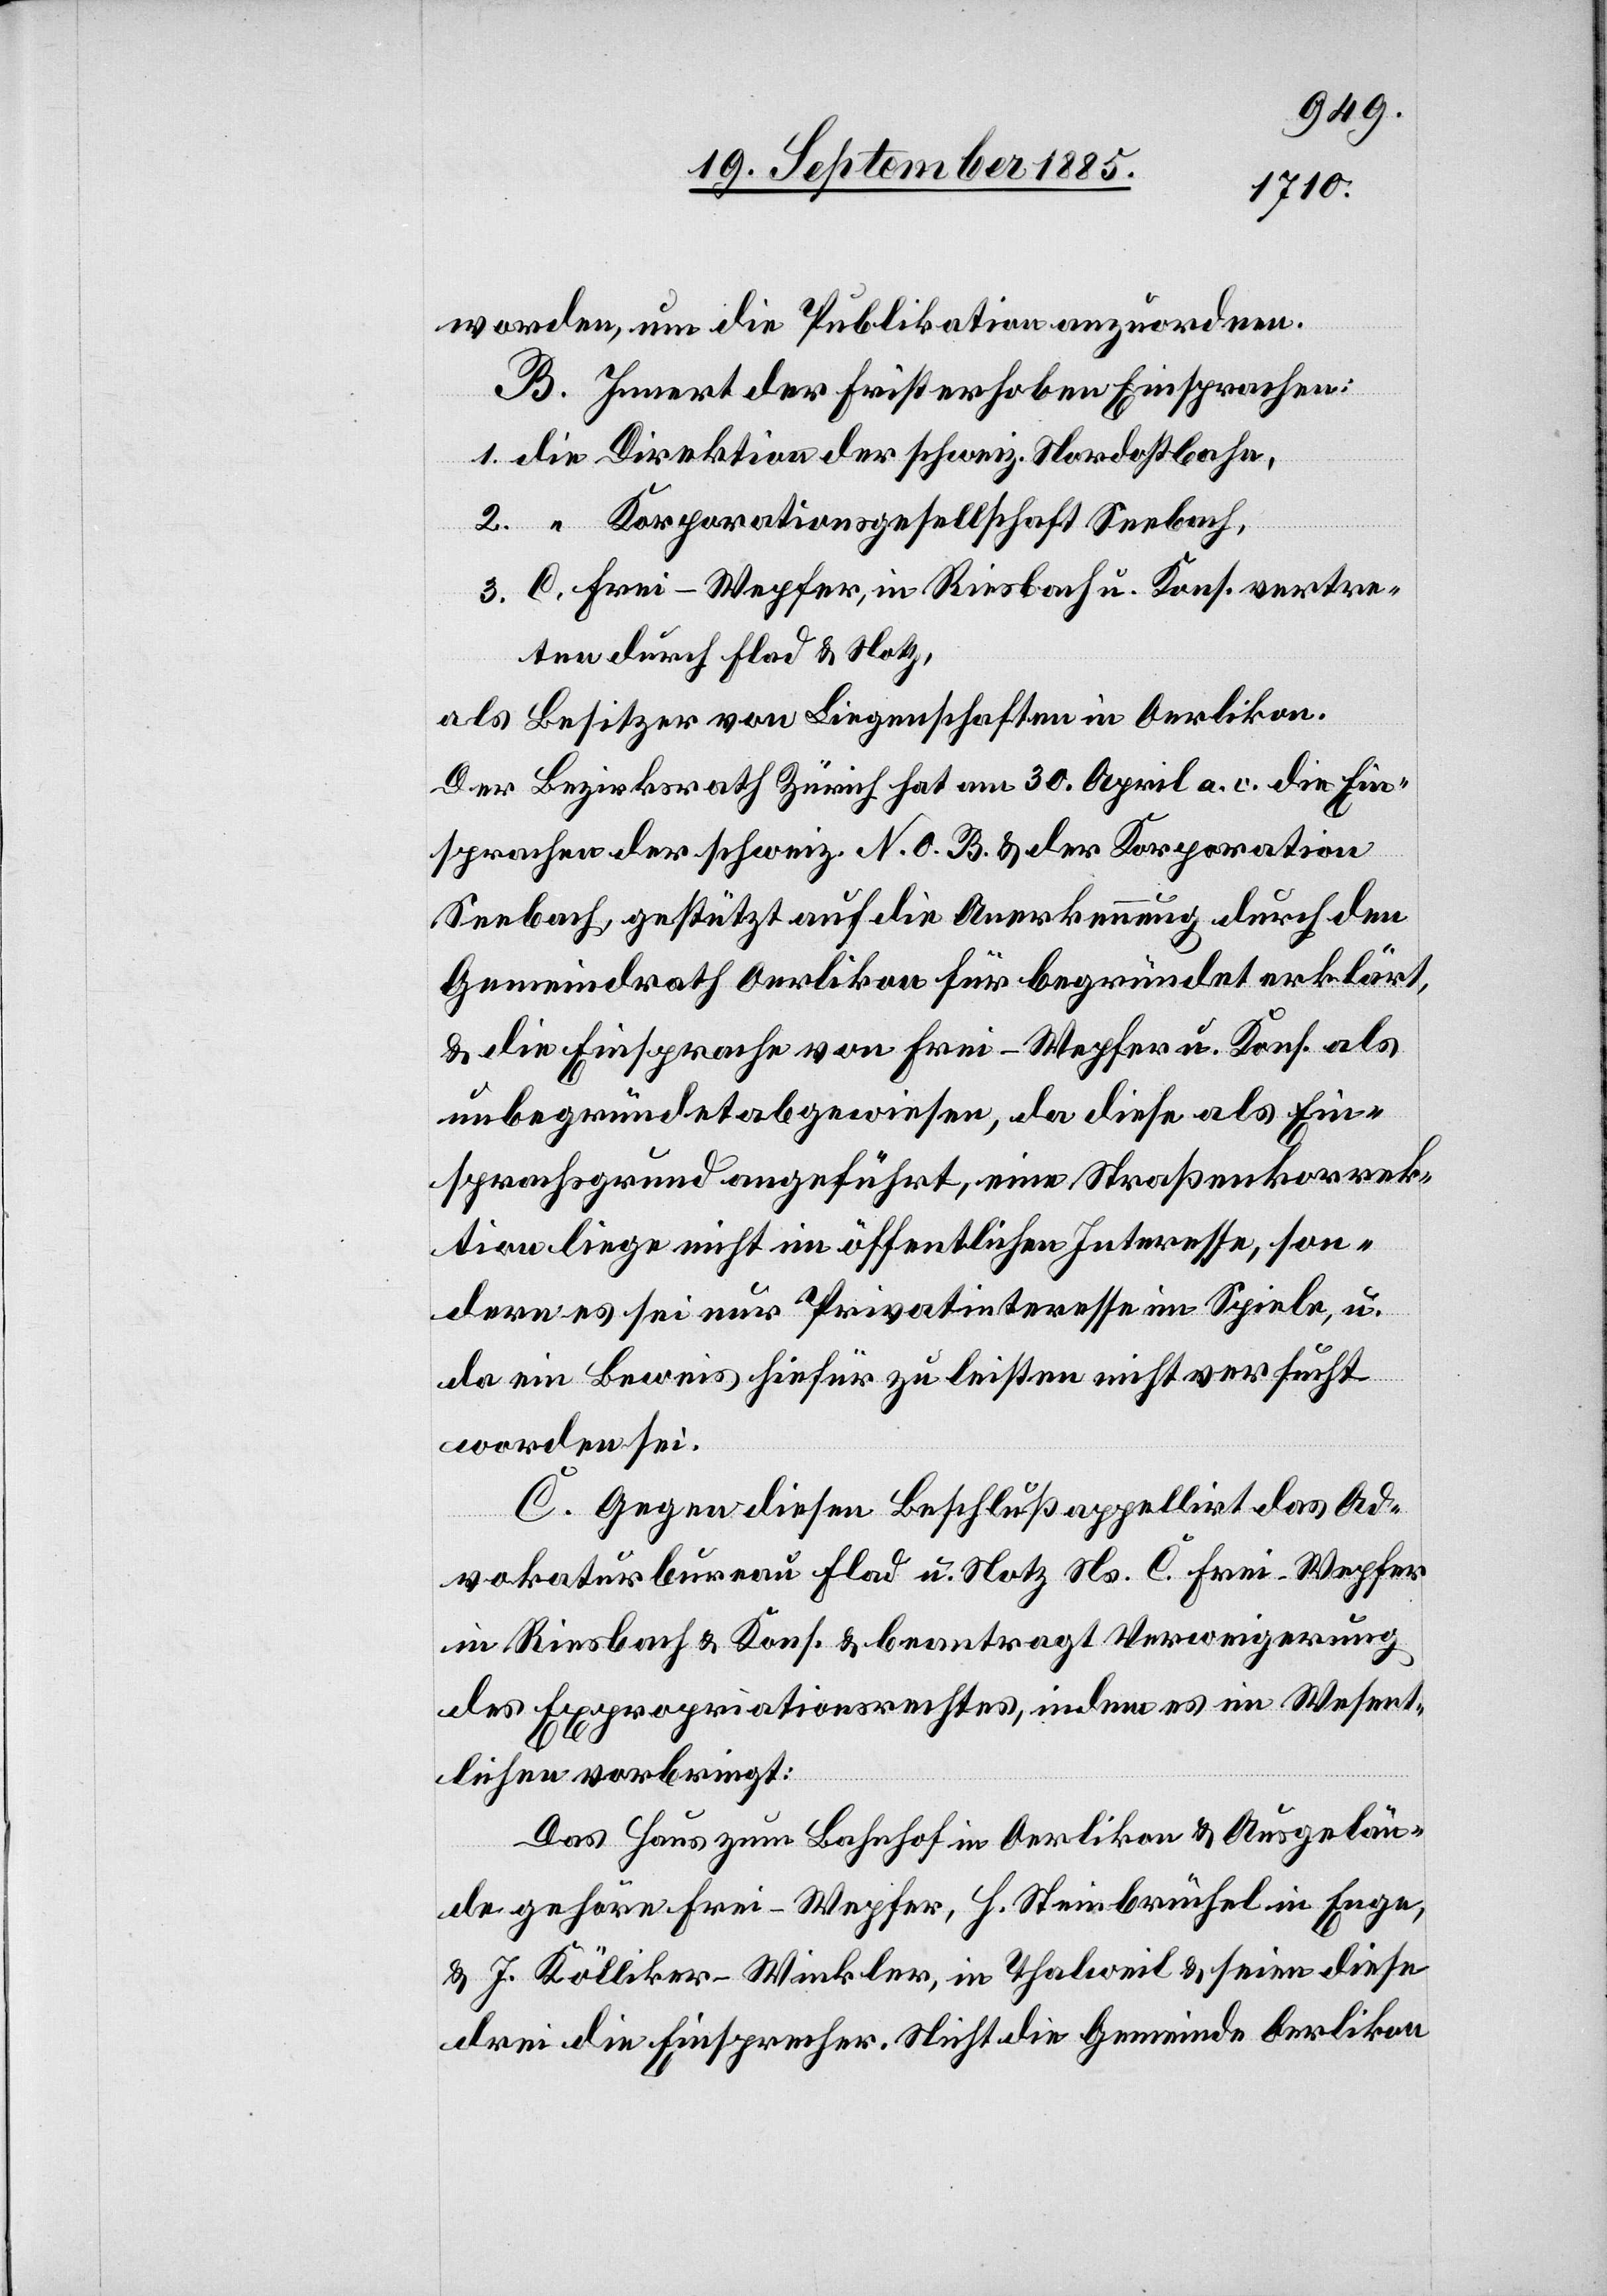
worden, um die Publikation anzuordnen.
B. Innert der Frist erhoben Einsprachen:
Korporationsgesellschaft Seebach,
C. Frei-Wepfer, in Riesbach u. Kons. vertre¬
ten durch Flad & Notz,
als Besitzer von Liegenschaften in Oerlikon.
Der Bezirksrath Zürich hat am 30. April a. c. die Ein¬
sprachen der schweiz. N. O. B. & der Korporation
Seebach, gestützt auf die Anerkennung durch den
Gemeindrath Oerlikon für begründet erklärt,
& die Einsprache von Frei-Wepfer u. Kons. als
unbegründet abgewiesen, da diese als Ein¬
sprachsgrund angeführt, eine Straßenkorrek¬
tion liege nicht im öffentlichen Interesse, son¬
dern es sei nur Privatinteresse im Spiele, u.
da ein Beweis hiefür zu leisten nicht versucht
worden sei.
C. Gegen diesen Beschluß appellirt das Ad¬
3.
vokaturbureau Flad u. Notz Ns. C. Frei-Wepfer
in Riesbach & Kons. & beantragt Verweigerung
des Expropriationsrechtes, indem es im Wesent¬
schweiz.
lichen vorbringt:
Das Haus zum Bahnhof in Oerlikon & Ausgelän¬
de gehöre Frei-Wepfer, H. Steinbrüchel in Enge,
& J. Kölliker-Winkler, in Thalweil & seien diese
drei die Einsprecher. Nicht die Gemeinde Oerlikon